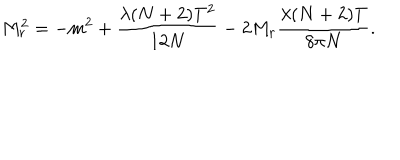
LaTeX: M _ { r } ^ { 2 } = - m ^ { 2 } + \frac { \lambda ( N + 2 ) T ^ { 2 } } { 1 2 N } - 2 M _ { r } \frac { \lambda ( N + 2 ) T } { 8 \pi N } .